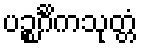
ပဉ္စင်္ဂိကသုတ္တံ